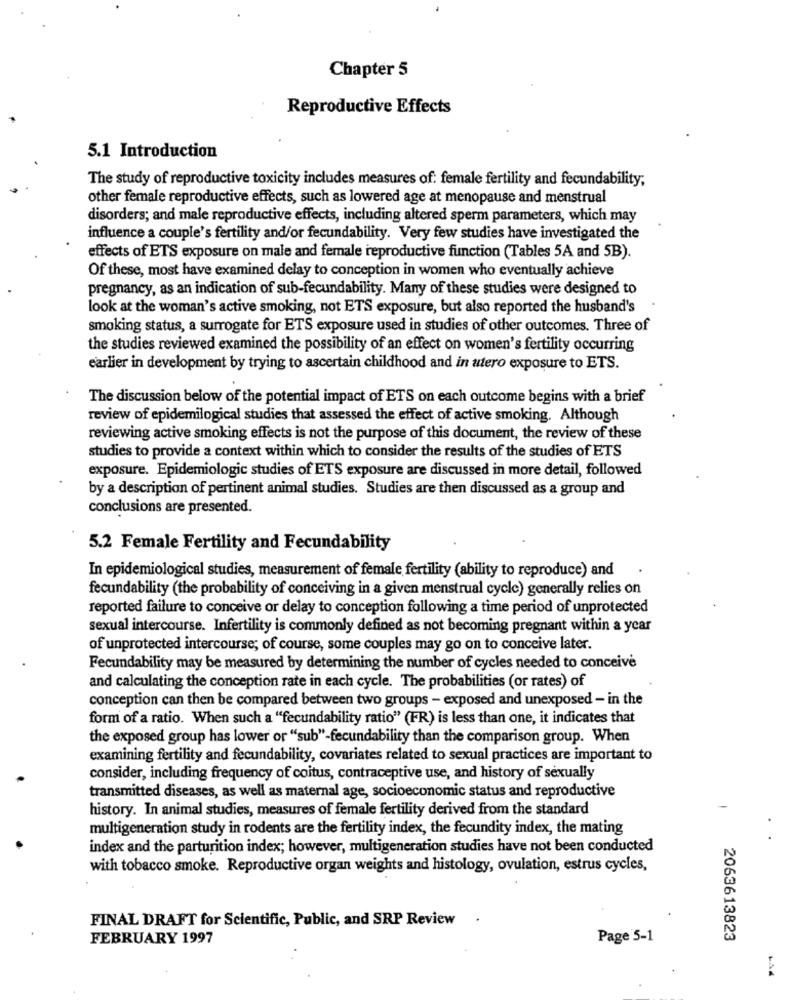
Chapter 5
Reproductive Effects
5.1 Introduction
The study of reproductive toxicity includes measures of: female fertility and fecundability;
other female reproductive effects, such as lowered age at menopause and menstrual
disorders; and male reproductive effects, including altered sperm parameters, which may
influence a couple's fertility and/or fecundability. Very few studies have investigated the
effects of ETS exposure on male and female reproductive function (Tables 5A and 5B).
Of these, most have examined delay to conception in women who eventually achieve
pregnancy, as an indication of sub-fecundability. Many of these studies were designed to
look at the woman's active smoking, not ETS exposure, but also reported the husband's
smoking status, a surrogate for ETS exposure used in studies of other outcomes. Three of
the studies reviewed examined the possibility of an effect on women's fertility occurring
earlier in development by trying to ascertain childhood and in utero exposure to ETS.
The discussion below of the potential impact of ETS on each outcome begins with a brief
review of epidemilogical studies that assessed the effect of active smoking. Although
reviewing active smoking effects is not the purpose of this document, the review of these
studies to provide a context within which to consider the results of the studies of ETS
exposure. Epidemiologic studies of ETS exposure are discussed in more detail, followed
by a description of pertinent animal studies. Studies are then discussed as a group and
conclusions are presented.
5.2 Female Fertility and Fecundability
In epidemiological studies, measurement of female fertility (ability to reproduce) and
fecundability (the probability of conceiving in a given menstrual cycle) generally relies on
reported failure to conceive or delay to conception following a time period of unprotected
sexual intercourse. Infertility is commonly defined as not becoming pregnant within a year
of unprotected intercourse; of course, some couples may go on to conceive later.
Fecundability may be measured by determining the number of cycles needed to conceive
and calculating the conception rate in each cycle. The probabilities (or rates) of
conception can then be compared between two groups - exposed and unexposed - in the
form of a ratio. When such a "fecundability ratio" (FR) is less than one, it indicates that
the exposed group has lower or "sub"-fecundability than the comparison group. When
examining fertility and fecundability, covariates related to sexual practices are important to
consider, including frequency of coitus, contraceptive use, and history of sexually
transmitted diseases, as well as maternal age, socioeconomic status and reproductive
history. In animal studies, measures of female fertility derived from the standard
multigeneration study in rodents are the fertility index, the fecundity index, the mating
index and the parturition index; however, multigeneration studies have not been conducted
with tobacco smoke. Reproductive organ weights and histology, ovulation, estrus cycles,
FINAL DRAFT for Scientific, Public, and SRP Review .
FEBRUARY 1997
Page 5-1
2063613823
-